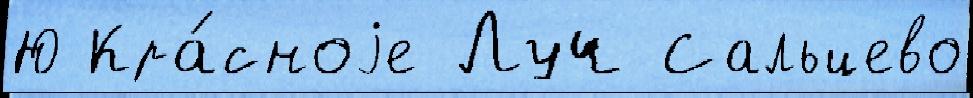
Ю Кра́сноjе Луч Сальцево